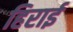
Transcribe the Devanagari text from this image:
हिराई